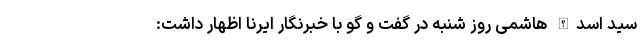
سید اسدالله هاشمی روز شنبه در گفت و گو با خبرنگار ایرنا اظهار داشت: